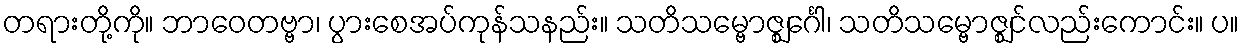
တရားတို့ကို။ ဘာဝေတဗ္ဗာ၊ ပွားစေအပ်ကုန်သနည်း။ သတိသမ္ဗောဇ္ဈင်္ဂေါ၊ သတိသမ္ဗောဇ္ဈင်လည်းကောင်း။ ပ။